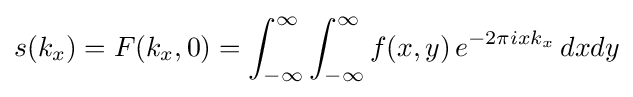
s(k_{x})=F(k_{x},0)=\int _{-\infty }^{\infty }\int _{-\infty }^{\infty }f(x,y)\,e^{-2\pi ixk_{x}}\,dxdy